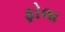
ફોલા